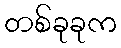
တစ်ခုခုက